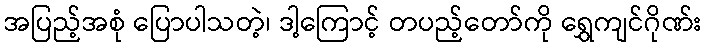
အပြည့်အစုံ ပြောပါသတဲ့၊ ဒါ့ကြောင့် တပည့်တော်ကို ရွှေကျင်ဂိုဏ်း